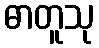
ဓာတူသု